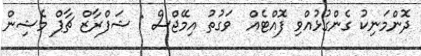
ދޮންމަނިކު ގެންގުޅުއްވި ފޮއްޓެއް  ވަގުތު އިމޭޖްސް : ޝަފްރާޒް ޗާޕް މެޝިން